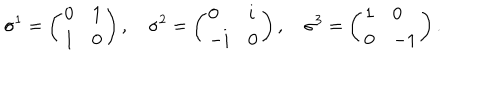
LaTeX: \sigma ^ { 1 } = \left( \begin{array} { l l } { { 0 } } & { { 1 } } \\ { { 1 } } & { { 0 } } \\ \end{array} \right) , \quad \sigma ^ { 2 } = \left( \begin{array} { l l } { { 0 } } & { { i } } \\ { { - i } } & { { 0 } } \\ \end{array} \right) , \quad \sigma ^ { 3 } = \left( \begin{array} { l l } { { 1 } } & { { 0 } } \\ { { 0 } } & { { - 1 } } \\ \end{array} \right) .